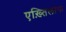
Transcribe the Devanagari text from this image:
एख़्तिलाफ